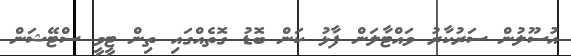
އުސޫލުން ސަރުކާރު ވައްޓާލަން ފާޅު ކަން ބޮޑު ގޮތެއްގައި ތިން ޓީވީ ސްޓޭޝަން